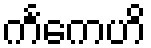
ကင်္ကေဟိ